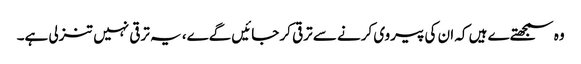
وہ سمجھتےے ہیں کہ ان کی پیروی کرنے سے ترقی کر جائیں گےے، یہ ترقی نہیں تنزلی ہے۔